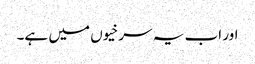
اور اب یہ سرخیوں میں ہے۔